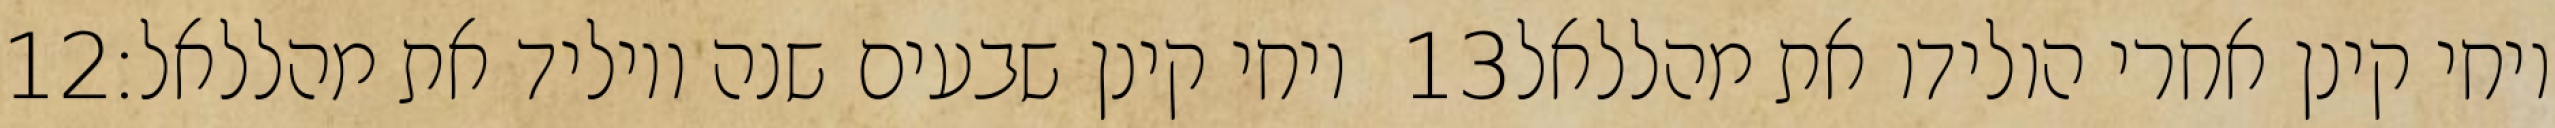
‎12‏ ויחי קינן שבעים שנה ויוליד את מהללאל׃ ‎13‏ ויחי קינן אחרי הולידו את מהללאל